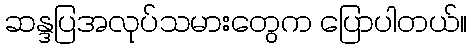
ဆန္ဒပြအလုပ်သမားတွေက ပြောပါတယ်။